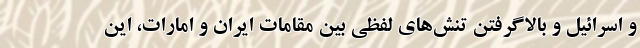
و اسرائیل و بالاگرفتن تنش‌های لفظی بین مقامات ایران و امارات، این